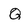
Character: Q